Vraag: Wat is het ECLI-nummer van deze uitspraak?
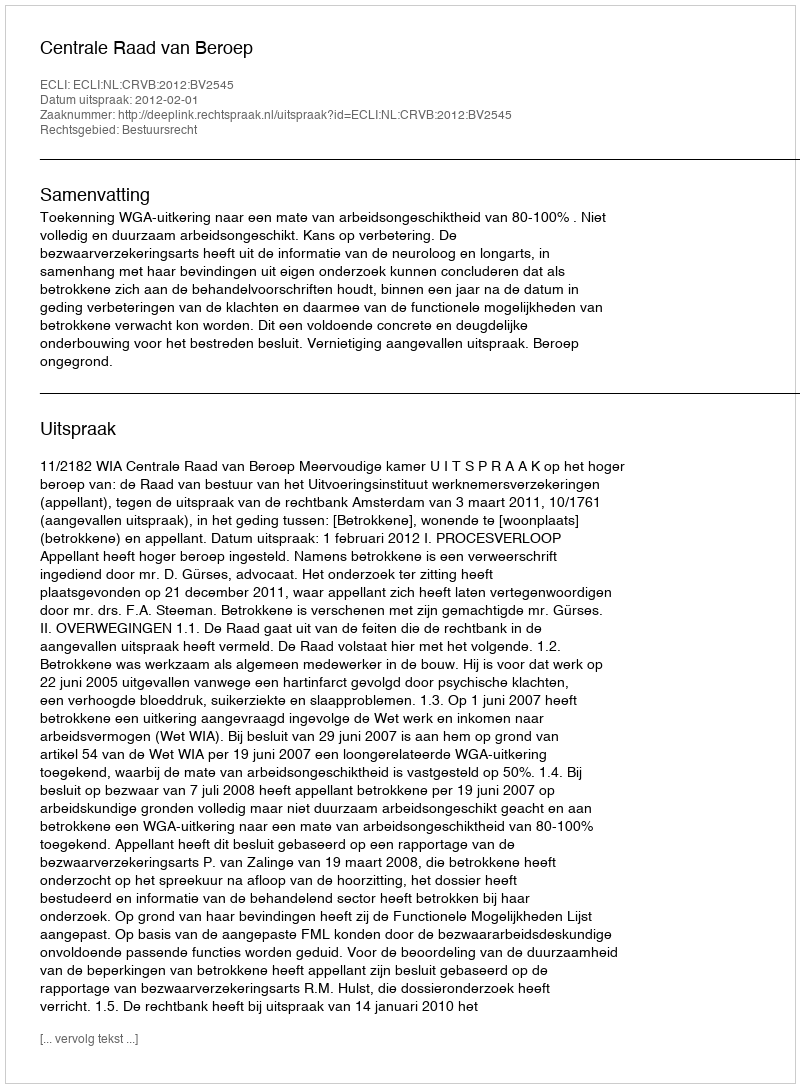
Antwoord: ECLI:NL:CRVB:2012:BV2545